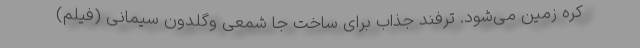
کره زمین می‌شود. ترفند جذاب برای ساخت جا شمعی وگلدون سیمانی (فیلم)